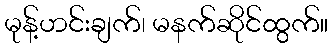
မုန့်ဟင်းချက်၊ မနက်ဆိုင်ထွက်။